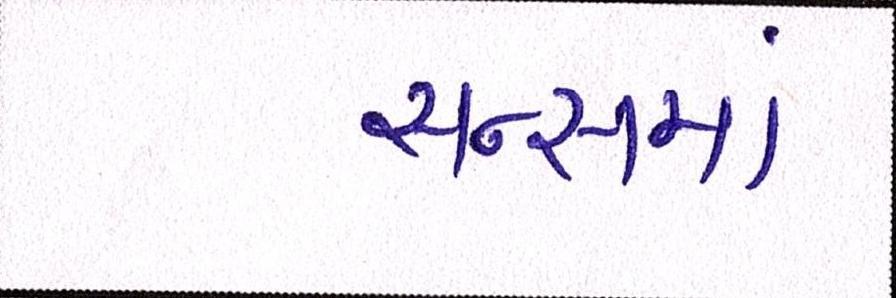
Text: સન્સમાં